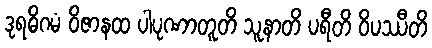
ဒုရဓိဂမံ ဝိဇာနထ ပါပုဏာတူတိ သူနာတိ ပရီတိ ဝိပဿီတိ